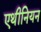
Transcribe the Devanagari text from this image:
एथीनियन